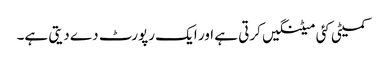
کمیٹی کئی میٹنگیں کرتی ہے اور ایک رپورٹ دے دیتی ہے۔